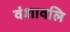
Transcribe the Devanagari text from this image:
वंशावलि